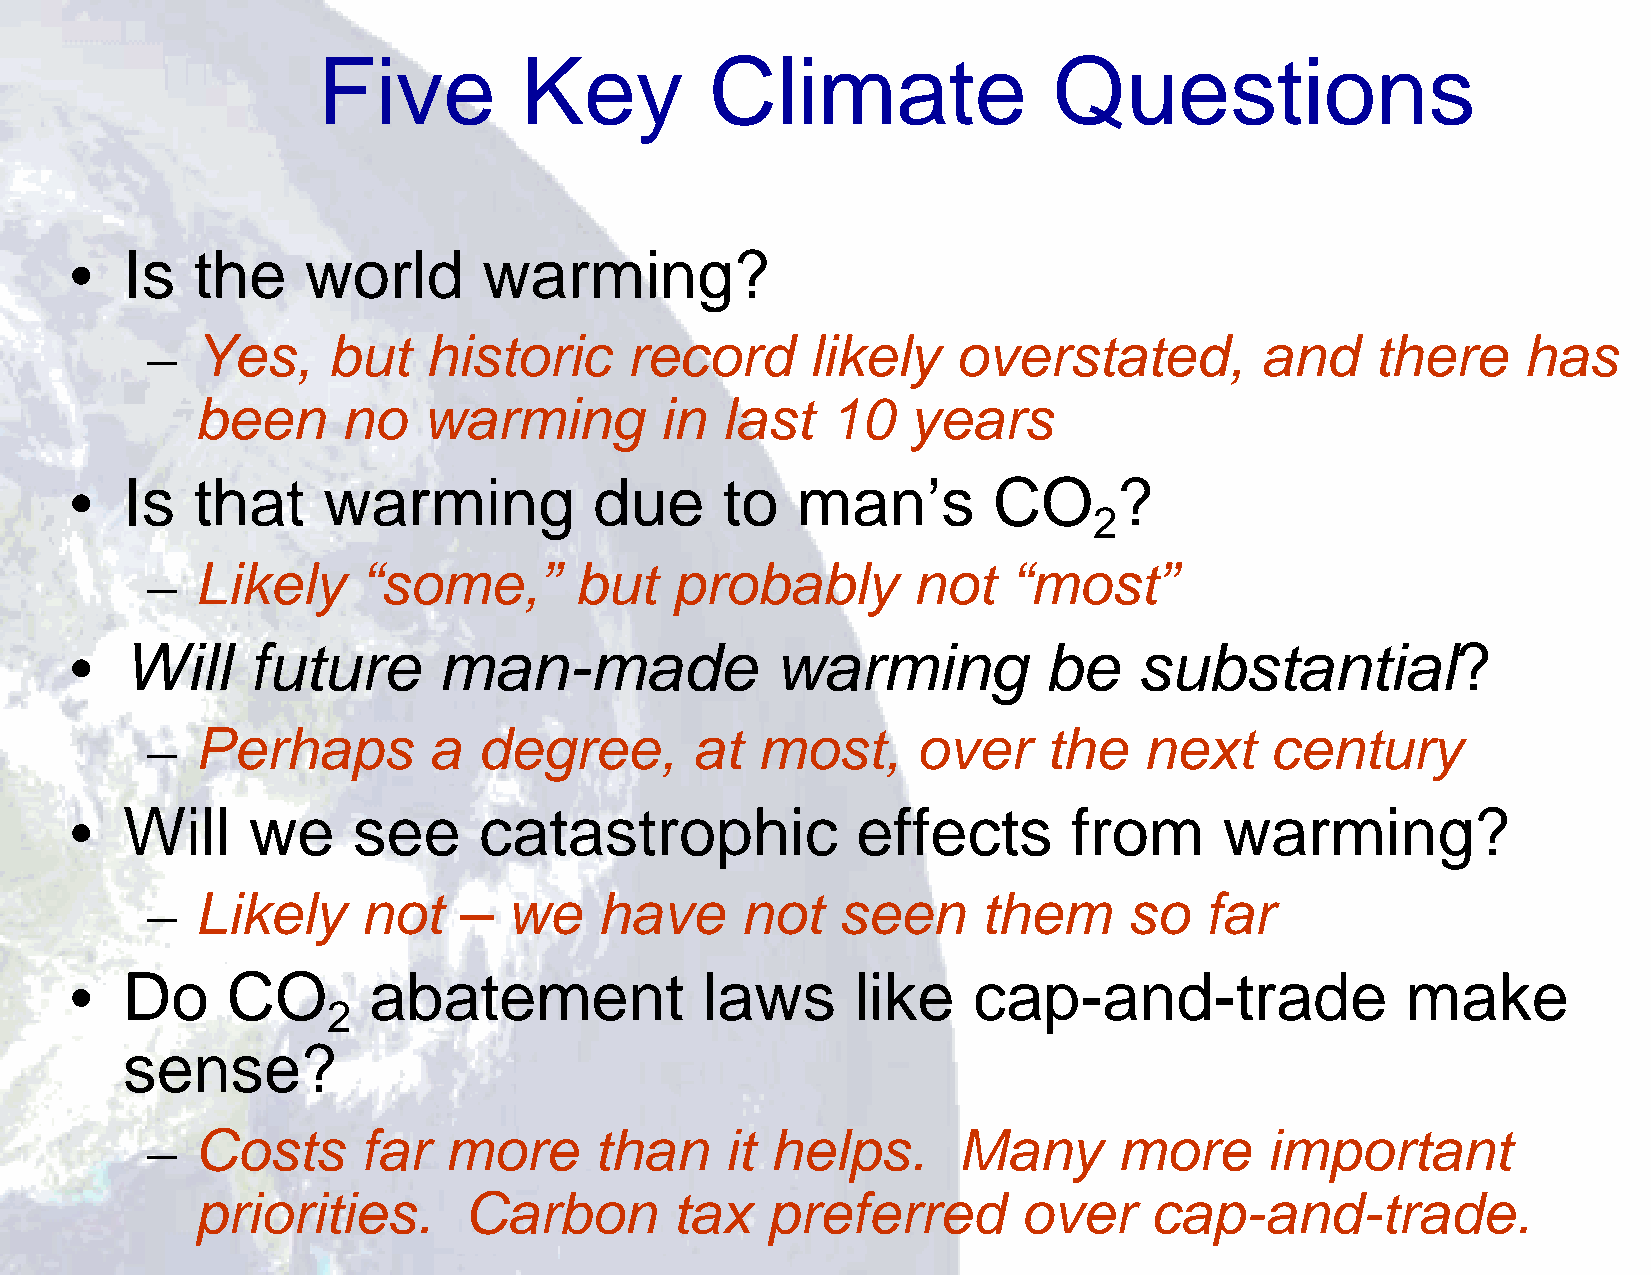
89
 Five         Key          Climate                Questions
 •  Is   the    world       warming?
 –  Yes,     but   historic     record       likely   overstated,         and     there     has
 been      no   warming         in  last   10   years
 •  Is   that    warming           due      to   man’s        CO      ?
 2
 –  Likely     “some,”       but   probably        not    “most”
 •  Will    future       man-made              warming           be    substantial?
 –  Perhaps        a   degree,       at  most,      over    the    next    century
 •  Will    we     see      catastrophic             effects       from      warming?
 –  Likely     not   –   we    have     not   seen      them      so   far
 •  Do     CO       abatement             laws       like   cap-and-trade                make
 2
 sense?
 –  Costs      far  more      than     it helps.      Many       more      important
 priorities.       Carbon       tax    preferred        over    cap-and-trade.